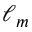
\ell _ { m }